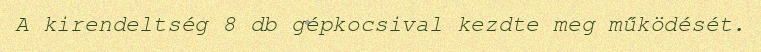
A kirendeltség 8 db gépkocsival kezdte meg működését.